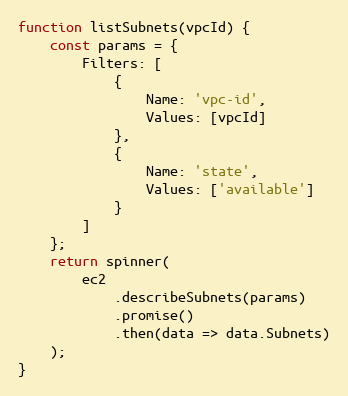
Language: JavaScript
function listSubnets(vpcId) {
    const params = {
        Filters: [
            {
                Name: 'vpc-id',
                Values: [vpcId]
            },
            {
                Name: 'state',
                Values: ['available']
            }
        ]
    };
    return spinner(
        ec2
            .describeSubnets(params)
            .promise()
            .then(data => data.Subnets)
    );
}